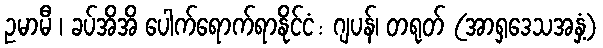
ဥမာမီ ၊ ခပ်အိအိ ပေါက်ရောက်ရာနိုင်ငံ: ဂျပန်၊ တရုတ် (အာရှဒေသအနှံ့)